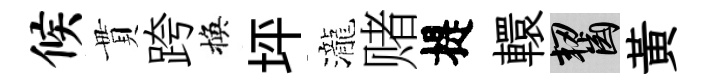
候貫跨換坪瀧赌提轘齧黄